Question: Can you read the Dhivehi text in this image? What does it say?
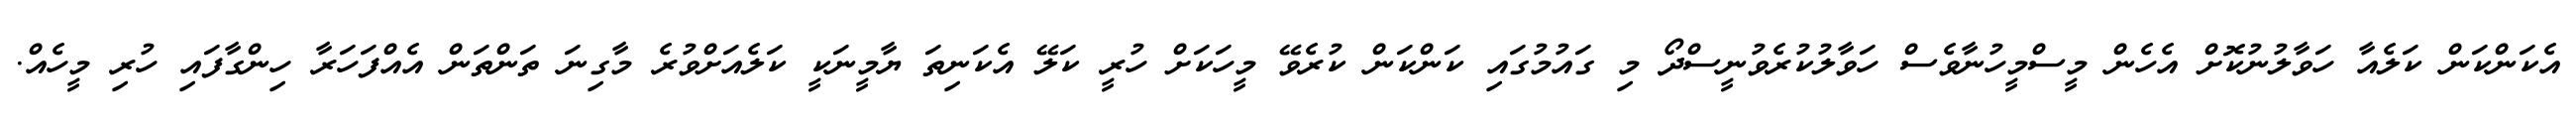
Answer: އެކަންކަން ކަލެއާ ހަވާލުނުކޮށް އެހެން މީސްމީހުނާވެސް ހަވާލުކުރެވުނީސްދޯ މި ގައުމުގައި ކަންކަން ކުރެވޭ މީހަކަށް ހުރީ ކަލޭ އެކަނިތަ ޔާމީނަކީ ކަލެއަށްވުރެ މާގިނަ ތަންތަން އެއްފަހަރާ ހިންގާފައި ހުރި މީހެއް.